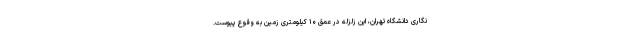
نگاری دانشگاه تهران، این زلزله در عمق ۱۰ کیلومتری زمین به وقوع پیوست.